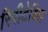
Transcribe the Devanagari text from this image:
रिपीटेबिल